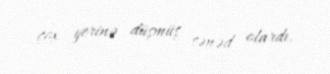
çox yerinə düşmüş sənəd olardı.